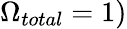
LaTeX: \Omega_{total}=1)